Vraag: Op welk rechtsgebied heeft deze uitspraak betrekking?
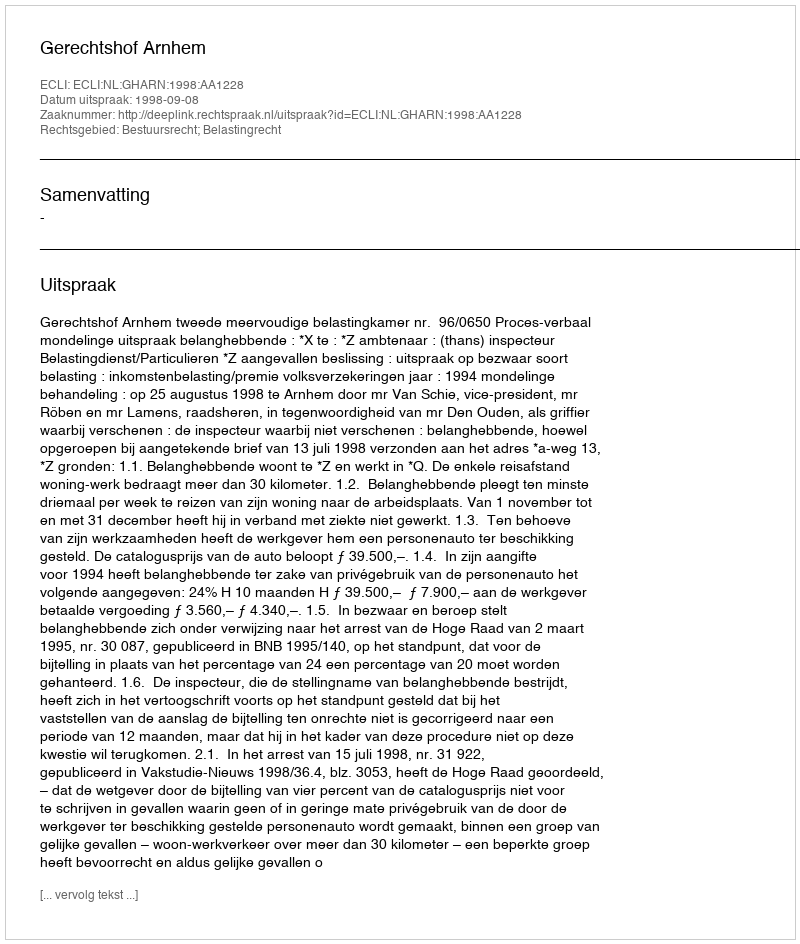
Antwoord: Bestuursrecht; Belastingrecht